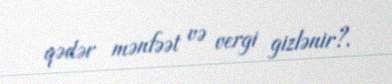
qədər mənfəət və vergi gizlənir?.